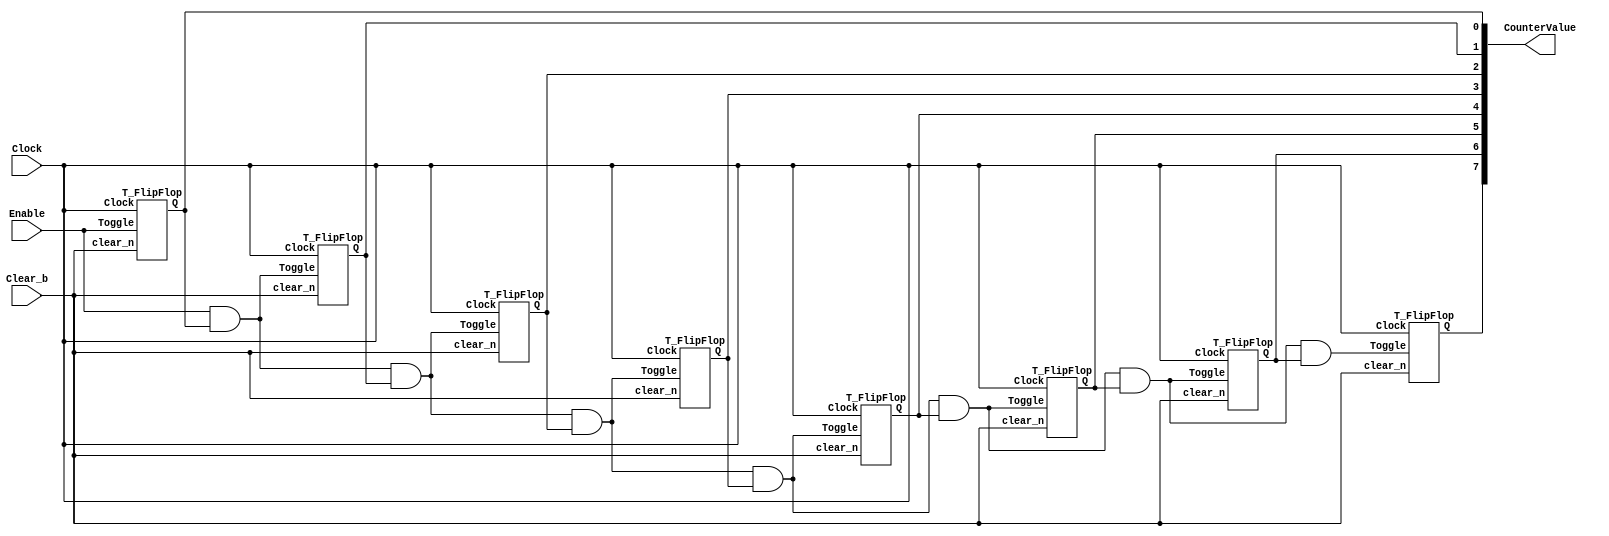
module part1(Clock, Enable, Clear_b, CounterValue);
  input Clock, Enable, Clear_b;
  output [7:0] CounterValue;
  
  wire[6:0] connect;
  
  assign connect[0] = Enable & CounterValue[0];
  assign connect[1] = connect[0] & CounterValue[1];
  assign connect[2] = connect[1] & CounterValue[2];
  assign connect[3] = connect[2] & CounterValue[3];
  assign connect[4] = connect[3] & CounterValue[4];
  assign connect[5] = connect[4] & CounterValue[5];
  assign connect[6] = connect[5] & CounterValue[6];
  
  T_FlipFlop u1(Clock, Enable, Clear_b, CounterValue[0]);
  T_FlipFlop u2(Clock, connect[0], Clear_b, CounterValue[1]);
  T_FlipFlop u3(Clock, connect[1], Clear_b, CounterValue[2]);
  T_FlipFlop u4(Clock, connect[2], Clear_b, CounterValue[3]);
  T_FlipFlop u5(Clock, connect[3], Clear_b, CounterValue[4]);
  T_FlipFlop u6(Clock, connect[4], Clear_b, CounterValue[5]);
  T_FlipFlop u7(Clock, connect[5], Clear_b, CounterValue[6]);
  T_FlipFlop u8(Clock, connect[6], Clear_b, CounterValue[7]);

   
  
endmodule
module T_FlipFlop(Clock, Toggle, clear_n, Q);
    input Clock, Toggle, clear_n;
    output reg Q;
    
    always@(posedge Clock, negedge clear_n)
      if(clear_n == 0)
        Q <= 0;
      else if(Toggle == 1)
        Q = ~Q;
  	  else
        Q <= Q;
  endmodule